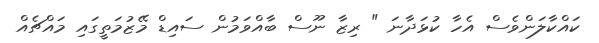
ކައްކާލަންވެސް އެހާ ކުޅަދާނަ " ރިޒާ ނޫސް ބާއްވަމުން ސައިޑް މޭޒުމަތީގައި މައްޗެއް